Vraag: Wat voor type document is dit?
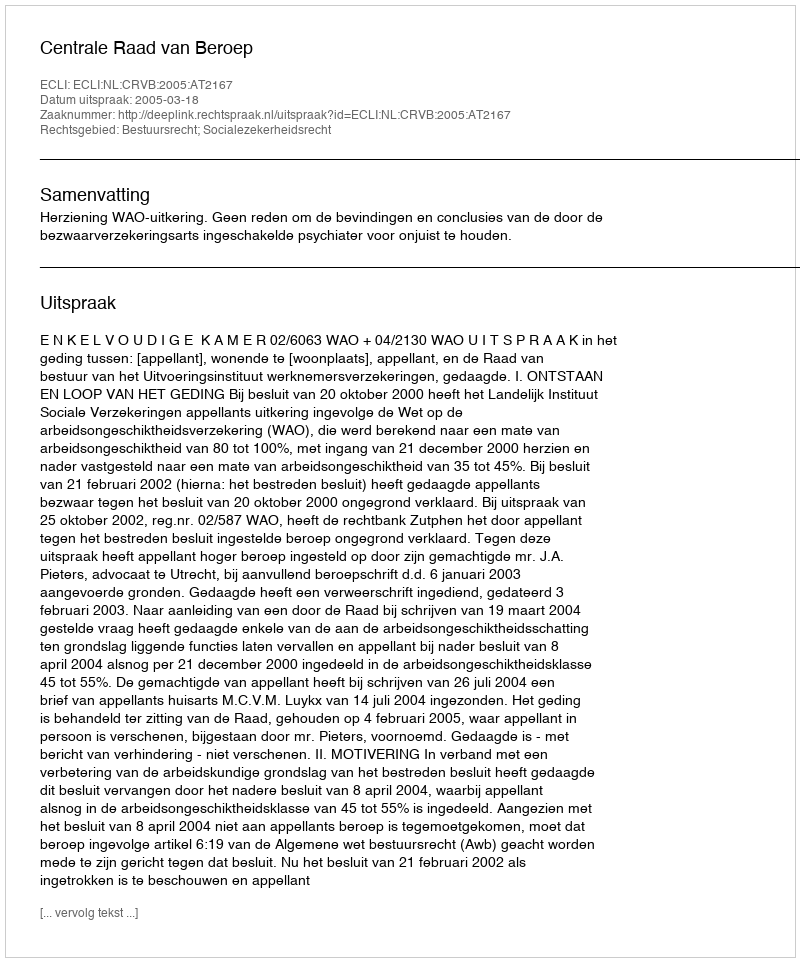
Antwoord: Uitspraak